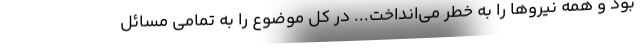
بود و همه نیروها را به خطر می‌انداخت... در کل موضوع را به تمامی مسائل